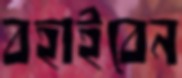
বহাইবেন